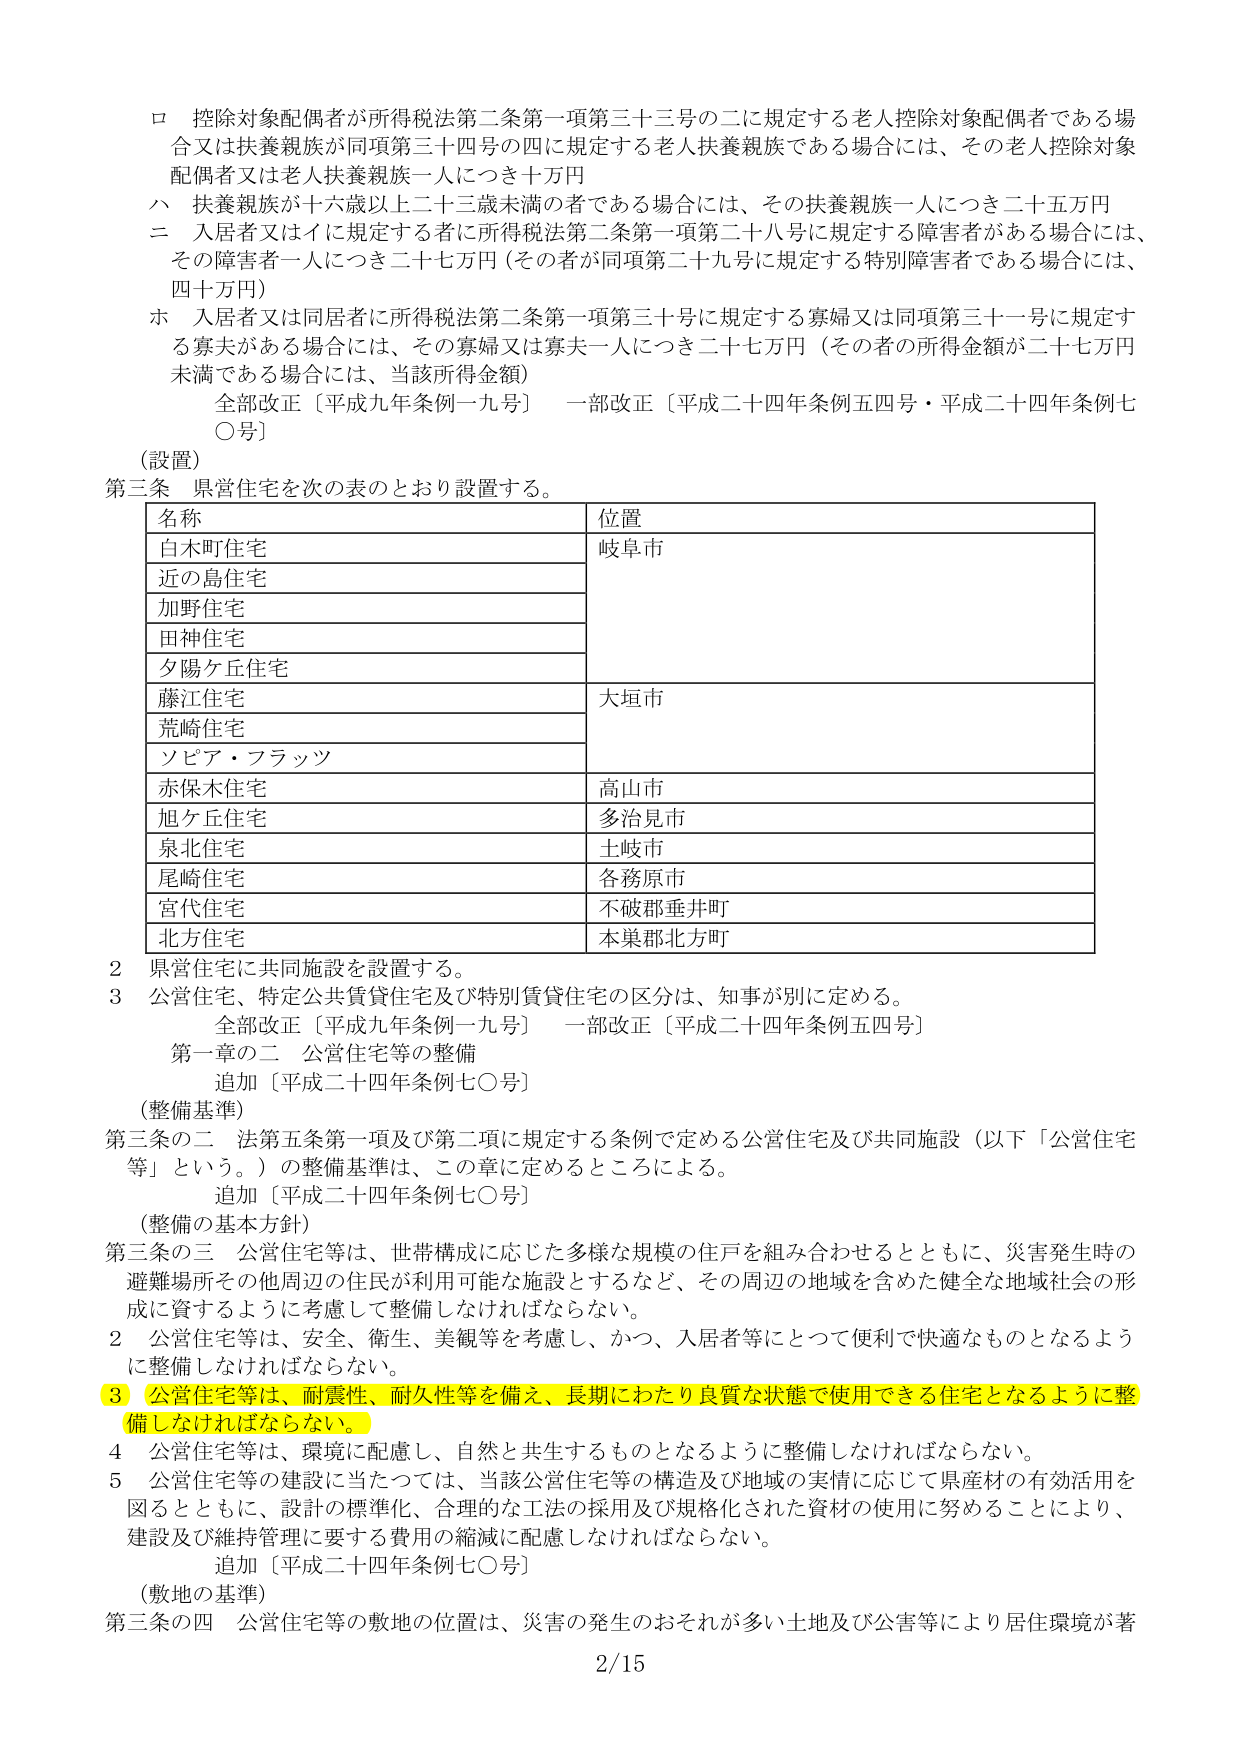
ロ 控除対象配偶者が所得税法第二条第一項第三十三号の二に規定する老人控除対象配偶者である場合又は扶養親族が同項第三十四号の四に規定する老人扶養親族である場合には、その老人控除対象配偶者又は老人扶養親族一人につき十万円
ハ 扶養親族が十六歳以上二十三歳未満の者である場合には、その扶養親族一人につき二十五万円
ニ 入居者又はイに規定する者に所得税法第二条第一項第二十八号に規定する障害者がある場合には、その障害者一人につき二十七万円（その者が同項第二十九号に規定する特別障害者である場合には、四十万円）
ホ 入居者又は同居者が所得税法第二条第一項第三十号に規定する寡婦又は同項第三十一号に規定する寡夫がある場合には、その寡婦又は寡夫一人につき二十七万円（その者の所得金額が二十七万円未満である場合には、当該所得金額）
全部改正〔平成九年条例一九号〕 一部改正〔平成二十四年条例五四号・平成二十四年条例七〇号〕

（設置）
第三条 県営住宅を次の表のとおり設置する。

| 名称 | 位置 |
|------|------|
| 白木町住宅 | 岐阜市 |
| 近の島住宅 | |
| 加野住宅 | |
| 田神住宅 | |
| 夕陽ケ丘住宅 | |
| 藤江住宅 | 大垣市 |
| 荒崎住宅 | |
| ソピア・フラッツ | |
| 赤保木住宅 | 高山市 |
| 旭ケ丘住宅 | 多治見市 |
| 泉北住宅 | 土岐市 |
| 尾崎住宅 | 各務原市 |
| 宮代住宅 | 不破郡垂井町 |
| 北方住宅 | 本巣郡北方町 |

2 県営住宅に共同施設を設置する。
3 公営住宅、特定公共賃貸住宅及び特別賃貸住宅の区分は、知事が別に定める。
全部改正〔平成九年条例一九号〕 一部改正〔平成二十四年条例五四号〕
第一章の二 公営住宅等の整備
追加〔平成二十四年条例七〇号〕

（整備基準）
第三条の二 法第五条第一項及び第二項に規定する条例で定める公営住宅及び共同施設（以下「公営住宅等」という。）の整備基準は、この章に定めるところによる。
追加〔平成二十四年条例七〇号〕

（整備の基本方針）
第三条の三 公営住宅等は、世帯構成に応じた多様な規模の住戸を組み合わせるとともに、災害発生時の避難場所その他周辺の住民が利用可能な施設とするなど、その周辺の地域を含めた健全な地域社会の形成に資するように考慮して整備しなければならない。
2 公営住宅等は、安全、衛生、美観等を考慮し、かつ、入居者等にとって便利で快適なものとなるように整備しなければならない。
3 公営住宅等は、耐震性、耐久性等を備え、長期にわたり良質な状態で使用できる住宅となるように整備しなければならない。
4 公営住宅等は、環境に配慮し、自然と共生するものとなるように整備しなければならない。
5 公営住宅等の建設に当たっては、当該公営住宅等の構造及び地域の実情に応じて県産材の有効活用を図るとともに、設計の標準化、合理的な工法の採用及び規格化された資材の使用に努めることにより、建設及び維持管理に要する費用の縮減に配慮しなければならない。
追加〔平成二十四年条例七〇号〕

（敷地の基準）
第三条の四 公営住宅等の敷地の位置は、災害の発生のおそれが多い土地及び公害等により居住環境が著
2/15